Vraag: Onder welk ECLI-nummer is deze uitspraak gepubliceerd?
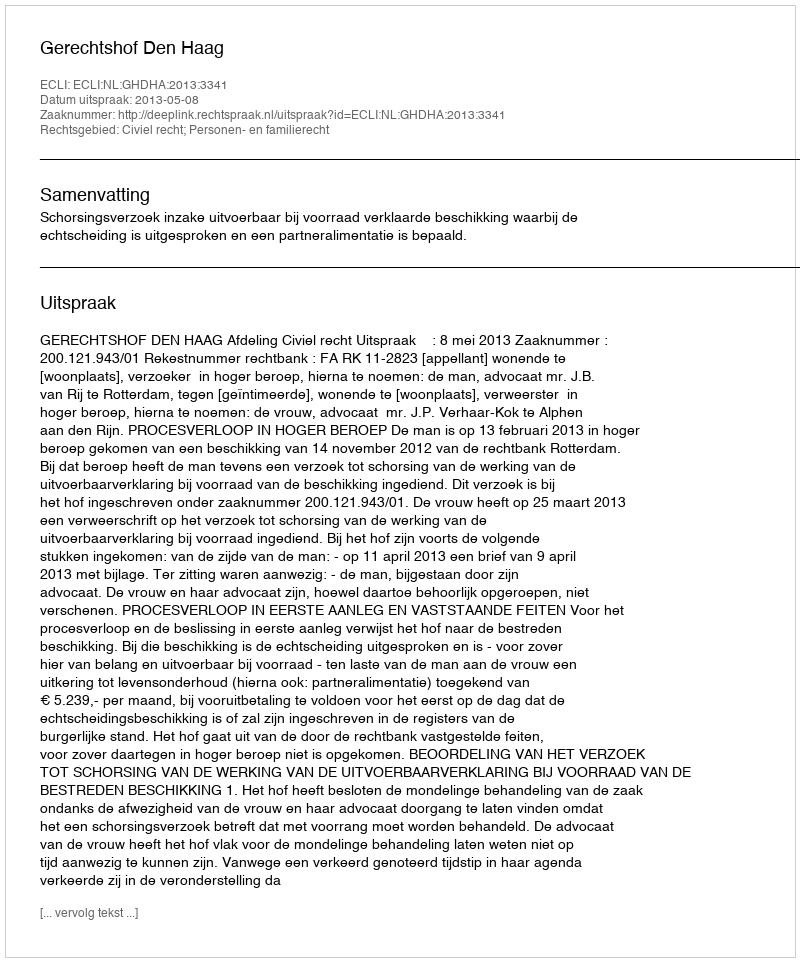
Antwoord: ECLI:NL:GHDHA:2013:3341